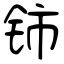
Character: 铈